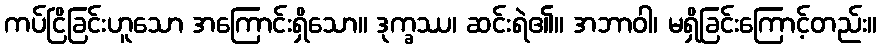
ကပ်ငြိခြင်းဟူသော အကြောင်းရှိသော။ ဒုက္ခဿ၊ ဆင်းရဲ၏။ အဘာဝါ၊ မရှိခြင်းကြောင့်တည်း။